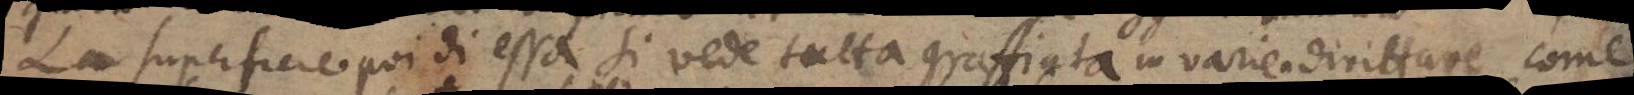
La superficie poi di essa si vede tutta graffiata in varie diritture come